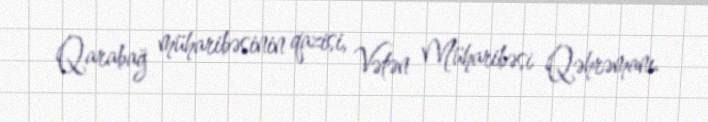
Qarabağ müharibəsinin qazisi, Vətən Müharibəsi Qəhrəmanı.